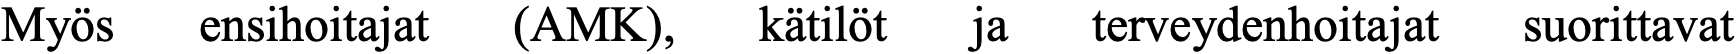
Myös   ensihoitajat (AMK), kätilöt ja terveydenhoitajat suorittavat